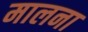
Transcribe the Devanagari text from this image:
मालना